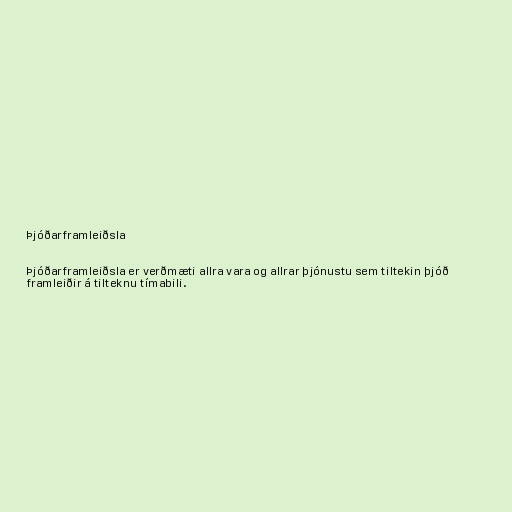
Þjóðarframleiðsla

Þjóðarframleiðsla er verðmæti allra vara og allrar þjónustu sem tiltekin þjóð
framleiðir á tilteknu tímabili.